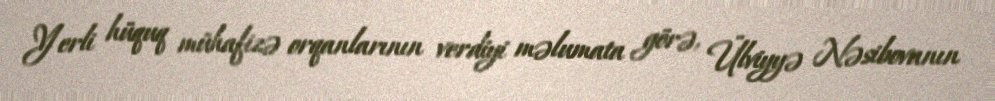
Yerli hüquq mühafizə orqanlarının verdiyi məlumata görə, Ülviyyə Nəsibovanın